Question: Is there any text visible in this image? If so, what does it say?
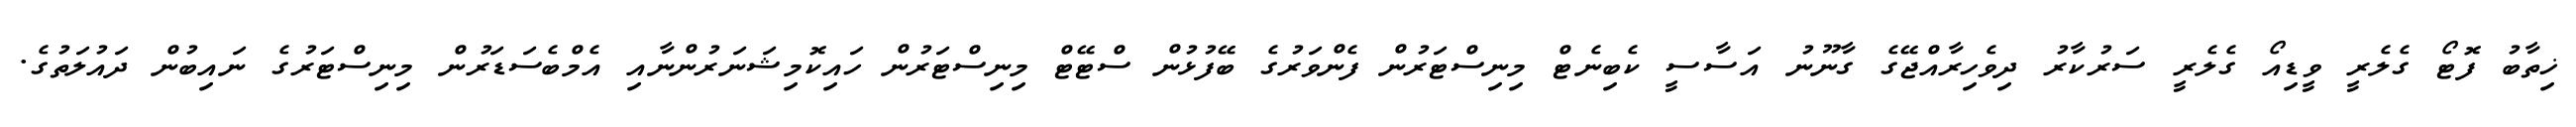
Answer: ޚިތާބު ފޮޓޯ ގެލެރީ ވީޑިއޯ ގެލެރީ ސަރުކާރު ދިވެހިރާއްޖޭގެ ގާނޫނު އަސާސީ ކެބިނެޓް މިނިސްޓަރުން ފެންވަރުގެ ބޭފުޅުން ސްޓޭޓް މިނިސްޓަރުން ހައިކޮމިޝަނަރުންނާއި އެމްބެސަޑަރުން މިނިސްޓަރުގެ ނައިބުން ދައުލަތުގެ.